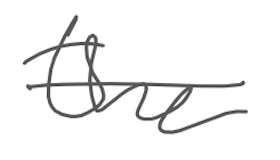
Text: the
Cross-out: single-line
Writing tool: digital_gray